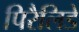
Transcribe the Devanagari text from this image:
पिरैलिडे